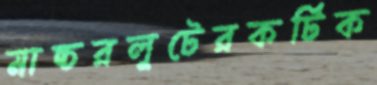
মাচ্চরলুটেরকর্টিক